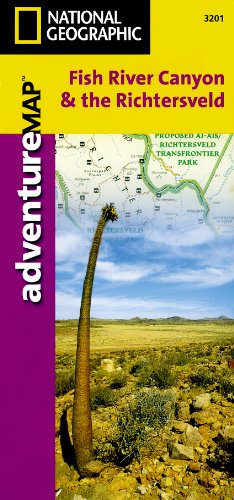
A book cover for Fish River Canyon and the Richtersveld [South Africa and Namibia] (National Geographic Adventure Map); National Geographic Maps - Adventure; Travel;